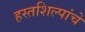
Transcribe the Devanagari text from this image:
हस्तशिल्पांचे